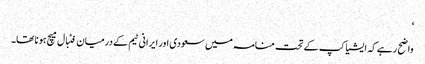
‘
واضح رہے کہ ایشیا کپ کے تحت منامہ میں سعودی اور ایرانی ٹیم کے درمیان فٹبال میچ ہونا تھا۔